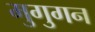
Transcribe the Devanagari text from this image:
मुगुगन